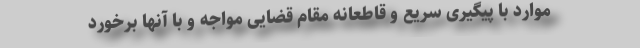
موارد با پیگیری سریع و قاطعانه مقام قضایی مواجه و با آنها برخورد